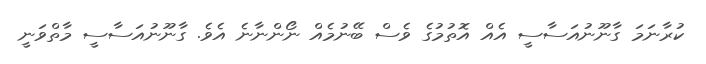
ކުރާނަމަ ގާނޫނުއަސާސީ އެއް އޮތުމުގެ ވެސް ބޭނުމެއް ނޯންނާނެ އެވެ. ގާނޫނުއަސާސީ މާތްވަނީ